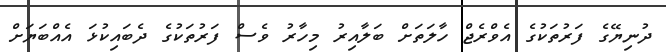
ދުނިޔޭގެ ފަރުތަކުގެ އެވްރެޖް ހާލަތަށް ބަލާއިރު މިހާރު ވެސް ފަރުތަކުގެ ދެބައިކުޅަ އެއްބަޔަށް